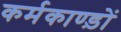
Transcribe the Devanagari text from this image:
कर्मकाण्ड़ों